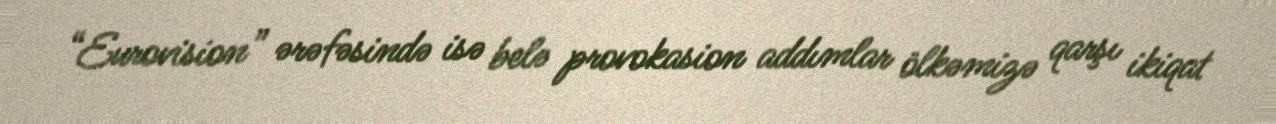
“Eurovision” ərəfəsində isə belə provokasion addımlar ölkəmizə qarşı ikiqat